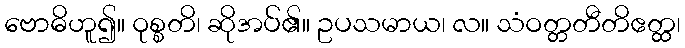
ဗောဓိဟူ၍။ ဝုစ္စတိ၊ ဆိုအပ်၏။ ဥပသမာယ၊ လ။ သံဝတ္တတီတိဧတ္ထ၊